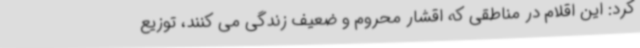
کرد: این اقلام در مناطقی که اقشار محروم و ضعیف زندگی می کنند، توزیع